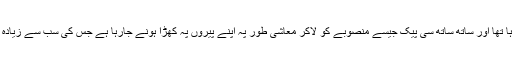
ادھر پاکستان ان کی تمام پراکسیسز کو ناکام کررہا تھا اور ساتھ ساتھ سی پیک جیسے منصوبے کو لاکر معاشی طور پہ اپنے پیروں پہ کھڑا ہونے جارہا ہے جس کی سب سے زیادہ تکلیف اگر کسی ملک کو ہے تو وہ ہندوستان ہے۔